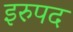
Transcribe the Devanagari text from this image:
इरुपद